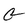
Character: G